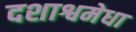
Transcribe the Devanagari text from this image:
दशाश्वमेधा